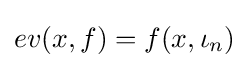
ev(x,f)=f(x,\iota _{n})